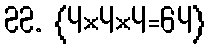
22. {4×4×4=64}